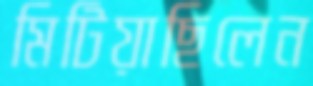
মিটিয়াছিলেন